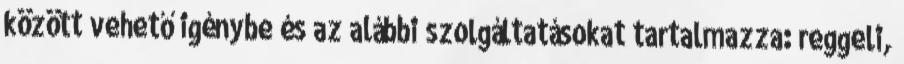
között vehető igénybe és az alábbi szolgáltatásokat tartalmazza: reggeli,